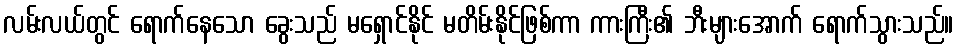
လမ်းလယ်တွင် ရောက်နေသော ခွေးသည် မရှောင်နိုင် မတိမ်းနိုင်ဖြစ်ကာ ကားကြီး၏ ဘီးများအောက် ရောက်သွားသည်။